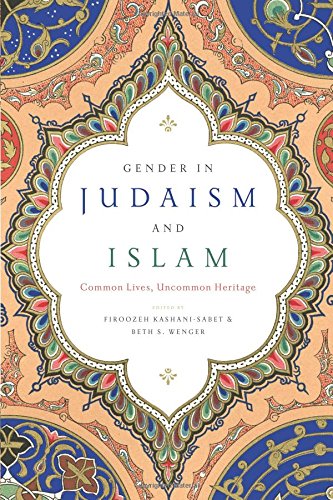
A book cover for Gender in Judaism and Islam: Common Lives, Uncommon Heritage; Religion & Spirituality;